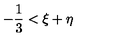
- { \frac { 1 } { 3 } } < \xi + \eta